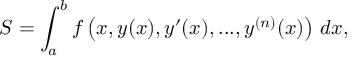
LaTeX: S = \int _ { a } ^ { b } f \left( x , y ( x ) , y ^ { \prime } ( x ) , . . . , y ^ { ( n ) } ( x ) \right) \, d x ,